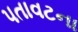
પતાવટના